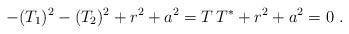
\begin{align*}-(T_1)^2 - (T_2)^2 +r^2 +a^2 = T \,T^* +r^2 +a^2 =0 \ .\end{align*}